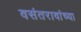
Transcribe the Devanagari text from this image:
वसंतरावांच्या